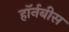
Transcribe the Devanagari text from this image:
हॉर्नबीस